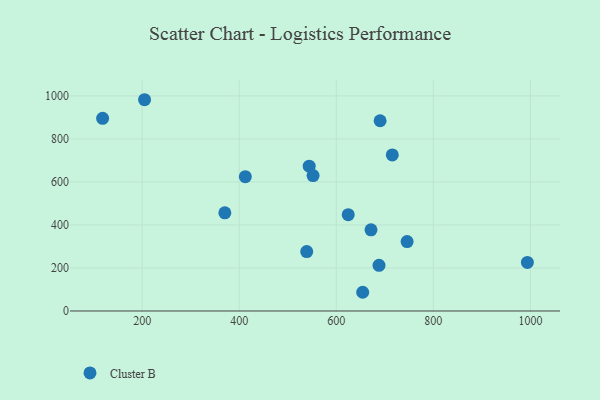
{"axis": {"x": "Experience", "y": "Profit"}, "legend": ["Cluster B"], "data": [{"x": "745.9", "y": 322.5, "type": "Cluster B"}, {"x": "544.2", "y": 673.4, "type": "Cluster B"}, {"x": "412.6", "y": 624.4, "type": "Cluster B"}, {"x": "205.0", "y": 982.2, "type": "Cluster B"}, {"x": "654.4", "y": 87.0, "type": "Cluster B"}, {"x": "118.6", "y": 895.9, "type": "Cluster B"}, {"x": "993.7", "y": 225.6, "type": "Cluster B"}, {"x": "671.5", "y": 377.3, "type": "Cluster B"}, {"x": "688.0", "y": 212.4, "type": "Cluster B"}, {"x": "539.1", "y": 276.1, "type": "Cluster B"}, {"x": "624.6", "y": 447.9, "type": "Cluster B"}, {"x": "370.4", "y": 456.5, "type": "Cluster B"}, {"x": "715.4", "y": 725.5, "type": "Cluster B"}, {"x": "690.3", "y": 884.4, "type": "Cluster B"}, {"x": "552.2", "y": 629.5, "type": "Cluster B"}]}